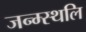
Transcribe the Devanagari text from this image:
जन्म्स्थलि